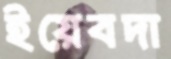
ইয়েবদা